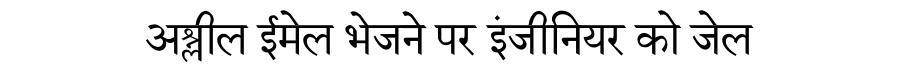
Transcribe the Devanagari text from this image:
अश्लील ईमेल भेजने पर इंजीनियर को जेल